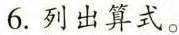
6.列出算式。